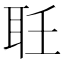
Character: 𦔽